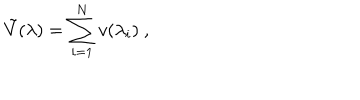
\tilde { V } ( \lambda ) = \sum _ { i = 1 } ^ { N } v ( \lambda _ { i } ) ~ ,